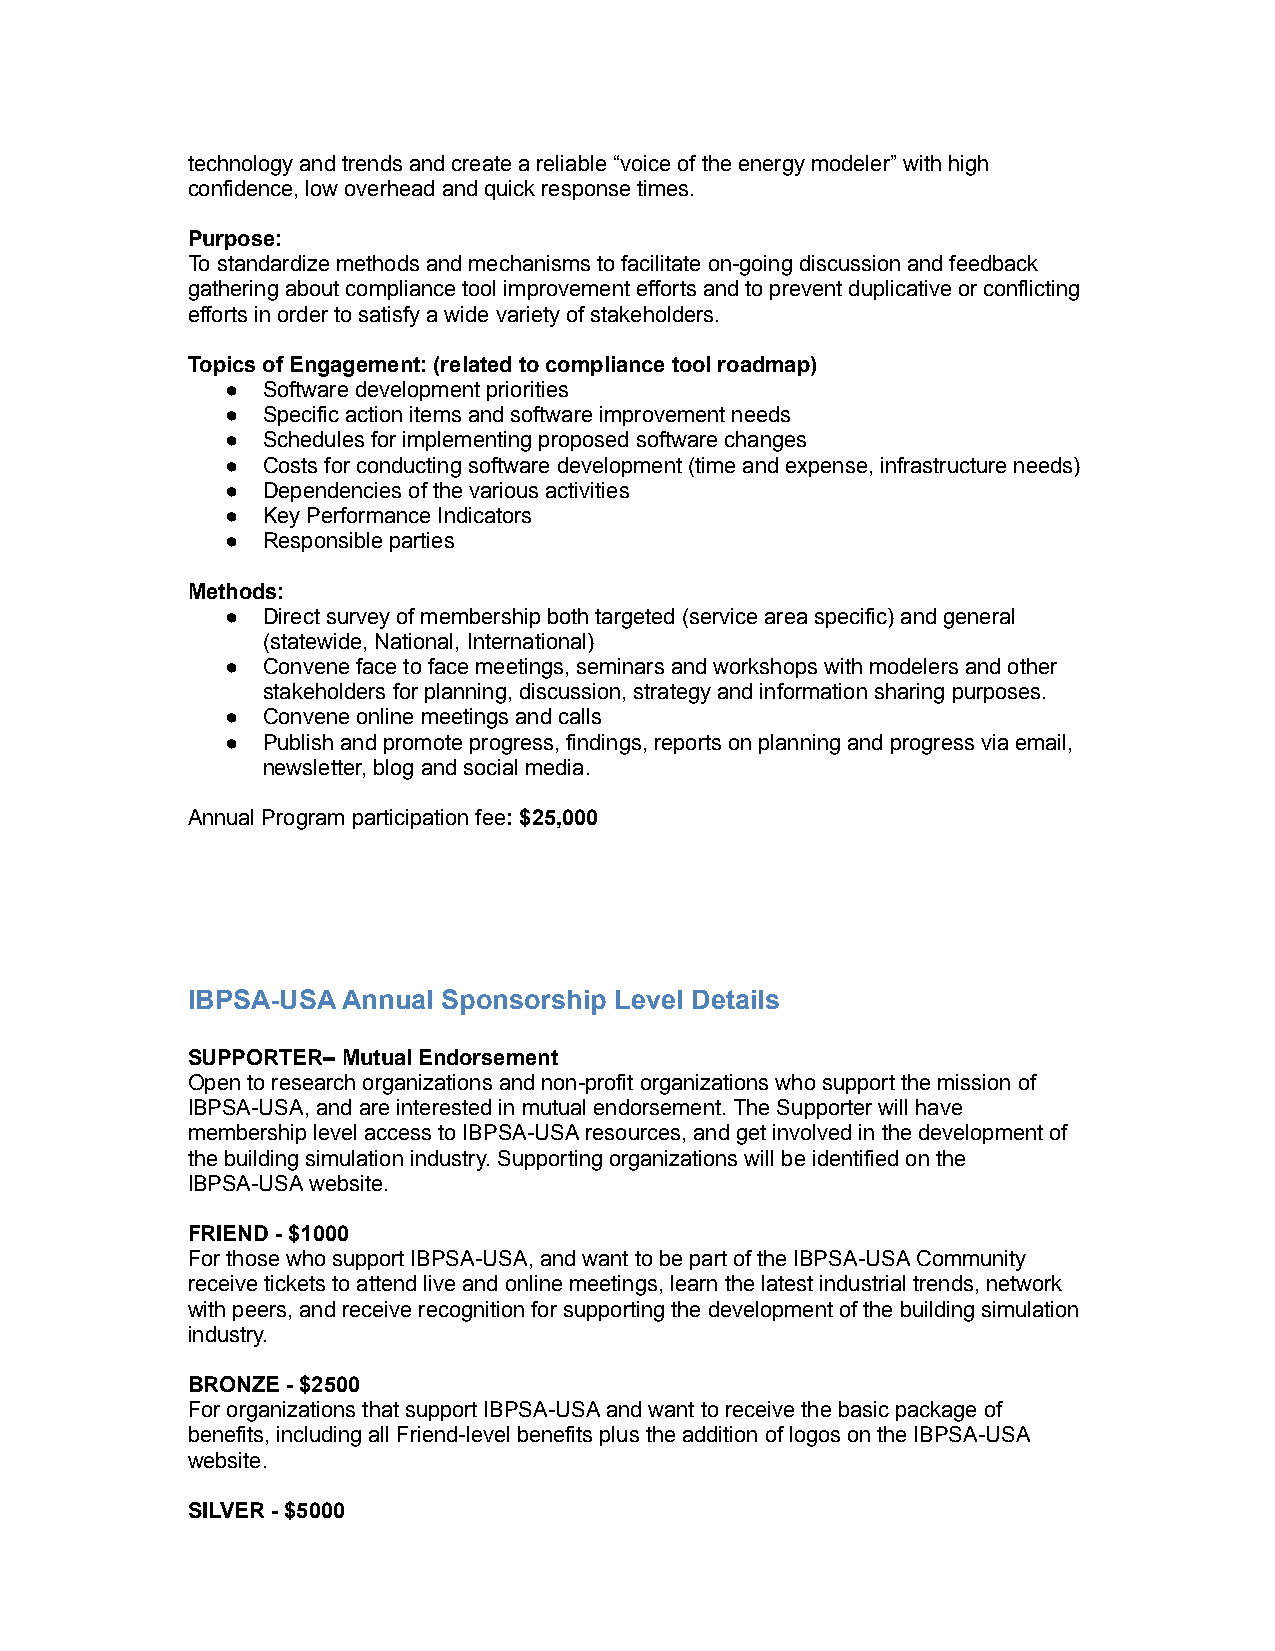
technology and trends and create a reliable “voice of the energy modeler” with high
 confidence, low overhead and quick response times.
 Purpose:
 To standardize methods and mechanisms to facilitate on-going discussion and feedback
 gathering about compliance tool improvement efforts and to prevent duplicative or conflicting
 efforts in order to satisfy a wide variety of stakeholders.
 Topics of Engagement: (related to compliance tool roadmap)
 ● Software development priorities
 ● Specific action items and software improvement needs
 ● Schedules for implementing proposed software changes
 ● Costs for conducting software development (time and expense, infrastructure needs)
 ● Dependencies of the various activities
 ● Key Performance Indicators
 ● Responsible parties
 Methods:
 ● Direct survey of membership both targeted (service area specific) and general
 (statewide, National, International)
 ● Convene face to face meetings, seminars and workshops with modelers and other
 stakeholders for planning, discussion, strategy and information sharing purposes.
 ● Convene online meetings and calls
 ● Publish and promote progress, findings, reports on planning and progress via email,
 newsletter, blog and social media.
 Annual Program participation fee: $25,000
 IBPSA-USA  Annual Sponsorship Level Details
 SUPPORTER– Mutual Endorsement
 Open to research organizations and non-profit organizations who support the mission of
 IBPSA-USA, and are interested in mutual endorsement. The Supporter will have
 membership level access to IBPSA-USA resources, and get involved in the development of
 the building simulation industry. Supporting organizations will be identified on the
 IBPSA-USA website.
 FRIEND - $1000
 For those who support IBPSA-USA, and want to be part of the IBPSA-USA Community
 receive tickets to attend live and online meetings, learn the latest industrial trends, network
 with peers, and receive recognition for supporting the development of the building simulation
 industry.
 BRONZE - $2500
 For organizations that support IBPSA-USA and want to receive the basic package of
 benefits, including all Friend-level benefits plus the addition of logos on the IBPSA-USA
 website.
 SILVER - $5000